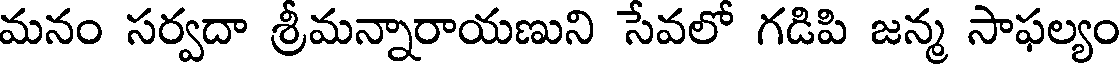
మనం సర్వదా శ్రీమన్నారాయణుని సేవలో గడిపి జన్మ సాఫల్యం